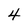
Character: 4